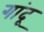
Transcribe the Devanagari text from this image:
गांदू